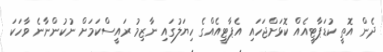
ދެން އޮތީ ކުޑަޕާޓީއެއް ކޮޅަށްޖަހައި އެޕާޓީއެއްގެ ހިޔަލުގައި ނާޒިމު ރައީސްކަމަށް ނުކުންނާނެ ވާހަކަ